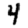
Digit: 4